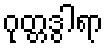
ဂုတ္တဒွါရာ